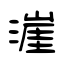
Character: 漄